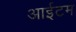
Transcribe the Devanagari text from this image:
आईटम